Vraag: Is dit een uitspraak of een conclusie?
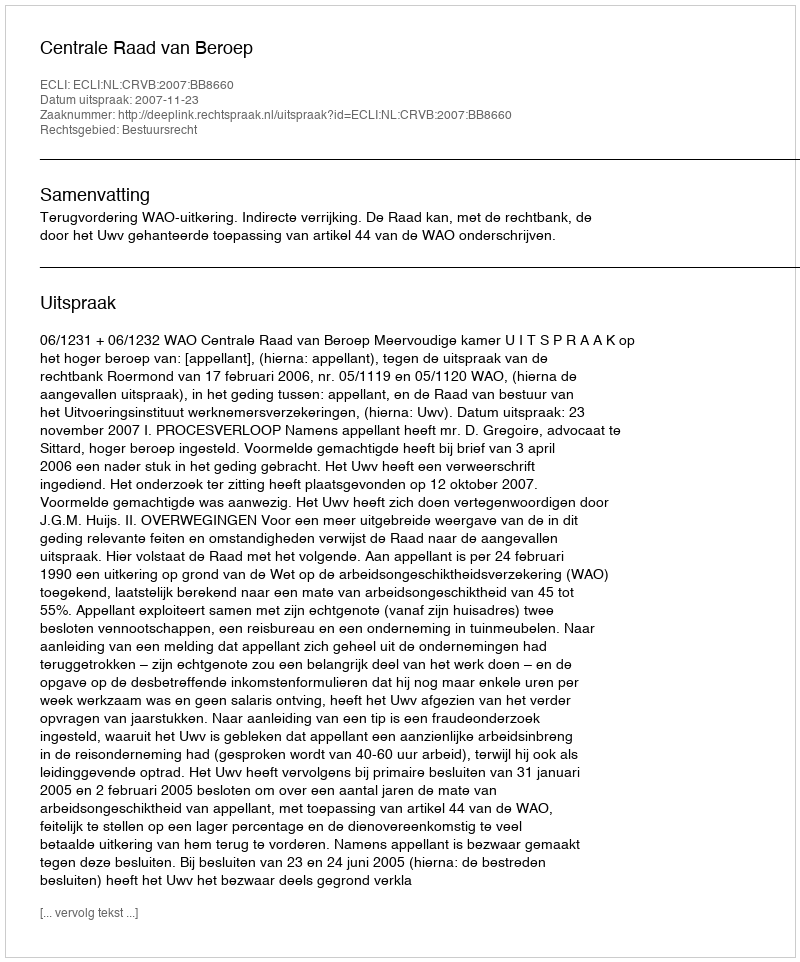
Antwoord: Uitspraak